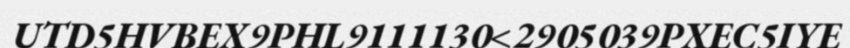
UTD5HVBEX9PHL9111130<2905039PXEC5IYE